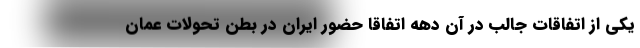
یکی از اتفاقات جالب در آن دهه اتفاقا حضور ایران در بطن تحولات عمان